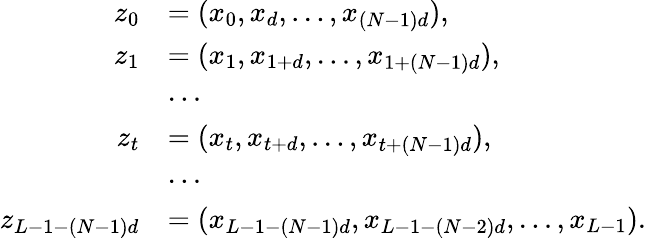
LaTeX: \begin{array}{rl}{z_{0}}&{=(x_{0},x_{d},\ldots,x_{(N-1)d}),}\\ {z_{1}}&{=(x_{1},x_{1+d},\ldots,x_{1+(N-1)d}),}\\ &{\cdots}\\ {z_{t}}&{=(x_{t},x_{t+d},\ldots,x_{t+(N-1)d}),}\\ &{\cdots}\\ {z_{L-1-(N-1)d}}&{=(x_{L-1-(N-1)d},x_{L-1-(N-2)d},\ldots,x_{L-1}).}\end{array}